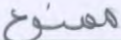
ممنوع